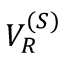
V _ { R } ^ { ( S ) }